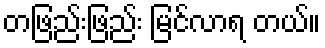
တဖြည်းဖြည်း မြင်လာရ တယ်။